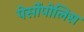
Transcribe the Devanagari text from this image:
पेर्सोपोलिस